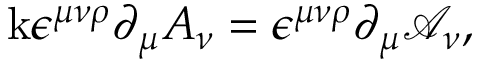
\mathrm { k } \epsilon ^ { \mu \nu \rho } \partial _ { \mu } A _ { \nu } = \epsilon ^ { \mu \nu \rho } \partial _ { \mu } \mathcal { A } _ { \nu } ,